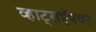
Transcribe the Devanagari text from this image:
व्हाट्सऍपवर